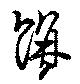
餅